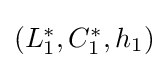
{\textstyle (L_{1}^{*},C_{1}^{*},h_{1})}